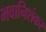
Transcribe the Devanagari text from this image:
भवानिशंकर